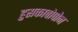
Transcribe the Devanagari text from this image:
हुसकावोपोन